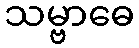
သမ္ဗာဓေ